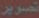
تصوير